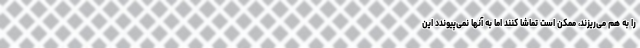
را به هم می‌ریزند، ممکن است تماشا کنند اما به آنها نمی‌پیوندد این